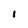
Character: I